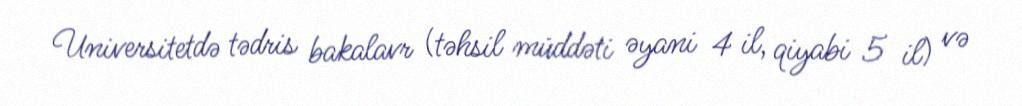
Universitetdə tədris bakalavr (təhsil müddəti əyani 4 il, qiyabi 5 il) və